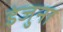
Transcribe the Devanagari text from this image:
इंजुना